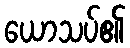
ယောသပ်၏